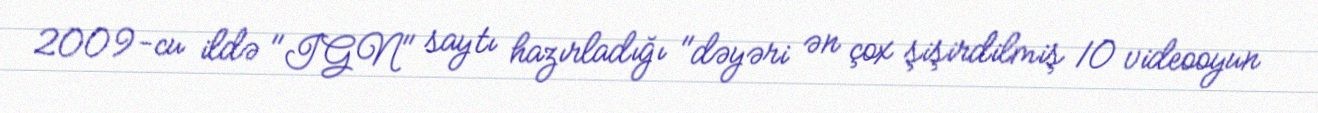
2009-cu ildə "IGN" saytı hazırladığı "dəyəri ən çox şişirdilmiş 10 videooyun